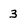
Character: 3